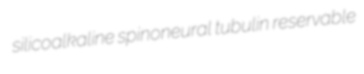
silicoalkaline spinoneural tubulin reservable